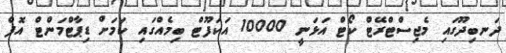
ދަނބިދޫގައި މެޖިސްޓްރޭޓް ކޯޓް އަޅަނީ 10000 އަކަފޫޓް ބިމެއްގައި ކަމަށް ޑިޕާޓްމަންޓް އޮފް